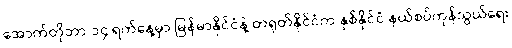
အောက်တိုဘာ ၁၄ ရက်နေ့မှာ မြန်မာနိုင်ငံနဲ့ တရုတ်နိုင်ငံက နှစ်နိုင်ငံ နယ်စပ်ကုန်သွယ်ရေး